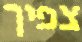
צפיך